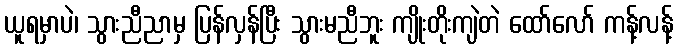
ယူရမှာပဲ၊ သွားညီညာမှ ပြန်လှန်ပြီး သွားမညီဘူး ကျိုးတိုးကျဲတဲ ထော်လော် ကန့်လန့်